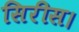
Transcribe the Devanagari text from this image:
सिरीस।